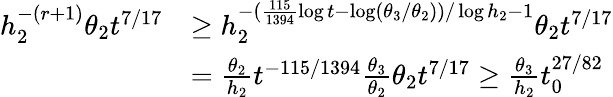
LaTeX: \begin{array}{rl}{h_{2}^{-(r+1)}\theta_{2}t^{7/17}}&{\ge h_{2}^{-(\frac{115}{1394}\log t-\log(\theta_{3}/\theta_{2}))/\log h_{2}-1}\theta_{2}t^{7/17}}\\ &{=\frac{\theta_{2}}{h_{2}}t^{-115/1394}\frac{\theta_{3}}{\theta_{2}}\theta_{2}t^{7/17}\ge\frac{\theta_{3}}{h_{2}}t_{0}^{27/82}}\end{array}